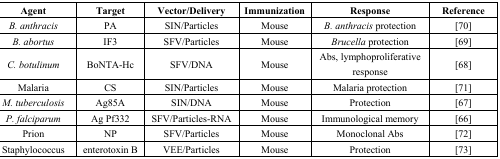
| Agent | Target | Vector/Delivery | Immunization | Response | Reference |
 | --- | --- | --- | --- | --- | --- |
 | B. anthracis | PA | SIN/Particles | Mouse | B. anthracis protection | [70] |
 | B. abortus | IF3 | SFV/Particles | Mouse | Brucella protection | [69] |
 | C. botulinum | BoNTA-Hc | SFV/DNA | Mouse | Abs, lymphoproliferative response | [68] |
 | Malaria | CS | SIN/Particles | Mouse | Malaria protection | [71] |
 | M. tuberculosis | Ag85A | SIN/DNA | Mouse | Protection | [67] |
 | P. falciparum | Ag Pf332 | SFV/Particles-RNA | Mouse | Immunological memory | [66] |
 | Prion | NP | SFV/Particles | Mouse | Monoclonal Abs | [72] |
 | Staphylococcus | enterotoxin B | VEE/Particles | Mouse | Protection | [73] |